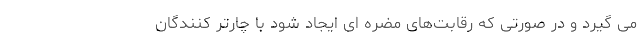
می گیرد و در صورتی که رقابت‌های مضره ای ایجاد شود با چارتر کنندگان